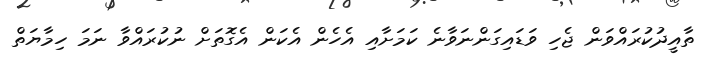
ތާއީދުކުރައްވަން ޖެހި ވަޑައިގަންނަވާނެ ކަމަށާއި އެހެން އެކަން އެގޮތަށް ނުކުރައްވާ ނަމަ ހިމާޔަތް